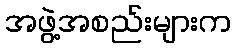
အဖွဲ့အစည်းများက